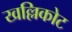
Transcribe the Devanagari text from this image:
खल्लिकोट